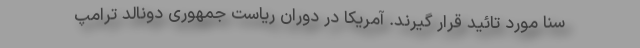
سنا مورد تائید قرار گیرند. آمریکا در دوران ریاست جمهوری دونالد ترامپ